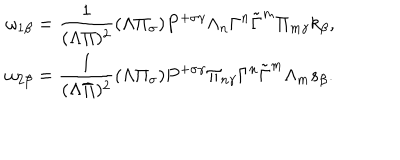
\begin{array} { l } { { \omega _ { 1 \beta } = \displaystyle \frac 1 { ( \Lambda \Pi ) ^ { 2 } } ( \Lambda \Pi _ { \sigma } ) P ^ { + \sigma \gamma } \Lambda _ { n } \Gamma ^ { n } \tilde { \Gamma } ^ { m } \Pi _ { m \gamma } k _ { \beta } , } } \\ { { \omega _ { 2 \beta } = \displaystyle \frac 1 { ( \Lambda \Pi ) ^ { 2 } } ( \Lambda \Pi _ { \sigma } ) P ^ { + \sigma \gamma } \Pi _ { n \gamma } \Gamma ^ { n } \tilde { \Gamma } ^ { m } \Lambda _ { m } s _ { \beta } . } } \\ \end{array}